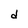
Character: d